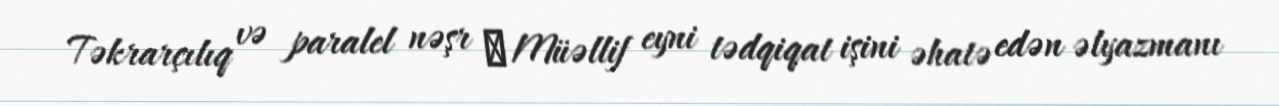
Təkrarçılıq və paralel nəşr ─ Müəllif eyni tədqiqat işini əhatə edən əlyazmanı